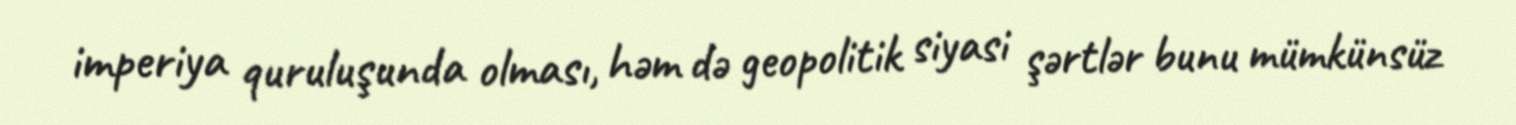
imperiya quruluşunda olması, həm də geopolitik siyasi şərtlər bunu mümkünsüz